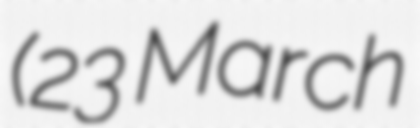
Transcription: (23 March